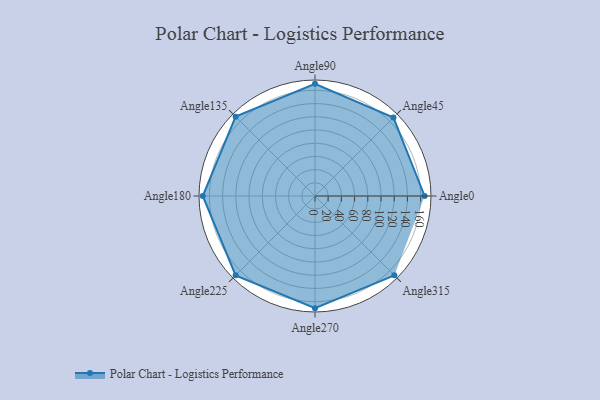
{"axis": {"x": "Angle", "y": "Radius"}, "legend": [""], "data": [{"x": "Angle0", "y": 166.0, "type": ""}, {"x": "Angle45", "y": 168.0, "type": ""}, {"x": "Angle90", "y": 170, "type": ""}, {"x": "Angle135", "y": 170, "type": ""}, {"x": "Angle180", "y": 170, "type": ""}, {"x": "Angle225", "y": 170, "type": ""}, {"x": "Angle270", "y": 170, "type": ""}, {"x": "Angle315", "y": 170.0, "type": ""}]}